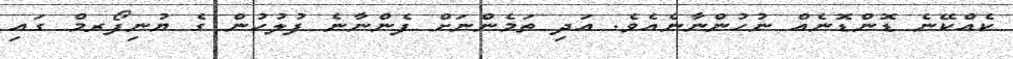
ކެއްކޭނެ ޑޮންޑޮނެއް ނުހުންނާނެއެވެ. އަދި ތަމެންނަށް ފެންނާނެ ފުލުހުން ގެ ޔުނިފޯރމް ގައި